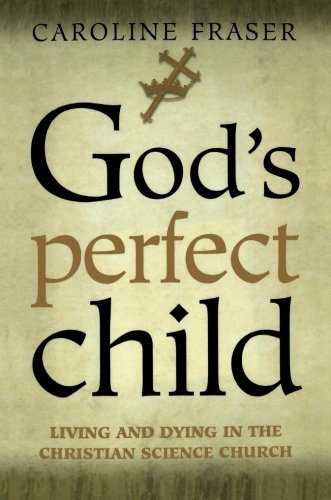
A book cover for God's Perfect Child: Living and Dying in the Christian Science Church; Caroline Fraser; Christian Books & Bibles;